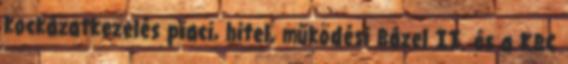
kockázatkezelés piaci, hitel, működési Bázel II. és a KBC